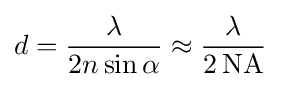
d={\frac {\lambda }{2n\sin \alpha }}\approx {\frac {\lambda }{2\,{\textrm {NA}}}}